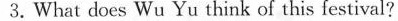
3.What does Wu Yu think of this festival?